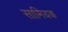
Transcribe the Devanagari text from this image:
सामियक